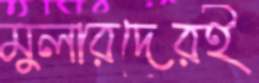
মুলারদেরই